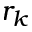
r _ { k }